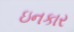
ઇનકાર